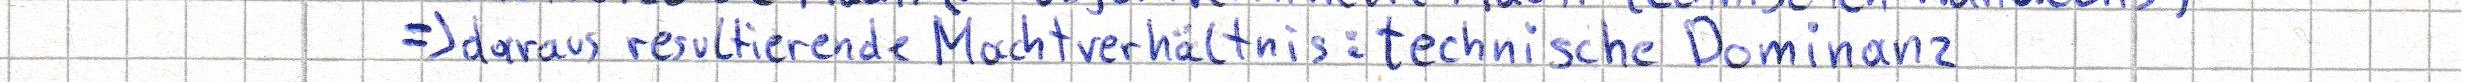
=> daraus resultierende Machtverhältnis: technische Dominanz